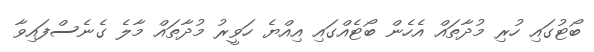
ބޯޓުގައި ހުރި މުދާތައް އެހެން ބޯޓެއްގައި އިއްޔެ ހަވީރު މުދާތައް މާލެ ގެނެސްފައިވާ